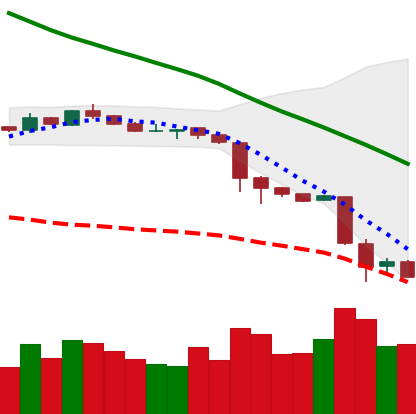
Ticker: NEO-USD
Chart end date: 2018-11-22
Forward return: -13.673%
Label: down_7plus